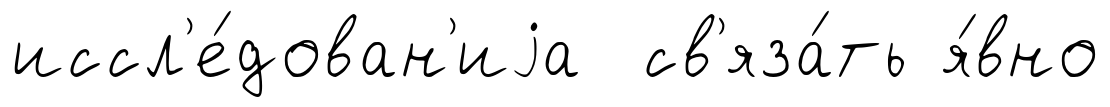
иссл'е́дован'иjа св'яза́ть я́вно